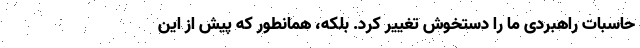
حاسبات راهبردی ما را دستخوش تغییر کرد. بلکه، همانطور که پیش از این